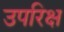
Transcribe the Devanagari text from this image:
उपरिक्ष